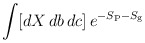
\begin{align*}\int [dX\, db\, dc]\, e^{-S_{\rm P} - S_{\rm g}}\end{align*}